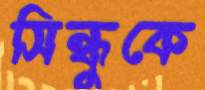
সিন্ধুকে